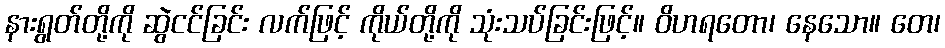
နားရွတ်တို့ကို ဆွဲငင်ခြင်း လက်ဖြင့် ကိုယ်တို့ကို သုံးသပ်ခြင်းဖြင့်။ ဝိဟရတော၊ နေသော။ တေ၊